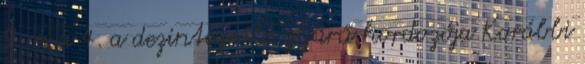
9. és a 4. a dezintegráló gyűrű hordozója Korábbi